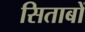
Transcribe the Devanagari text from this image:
सिताबों